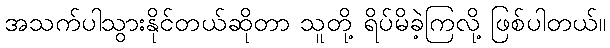
အသက်ပါသွားနိုင်တယ်ဆိုတာ သူတို့ ရိပ်မိခဲ့ကြလို့ ဖြစ်ပါတယ်။